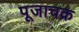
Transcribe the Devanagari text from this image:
पूजाचक्र